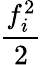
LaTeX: \frac{f_{i}^{2}}{2}